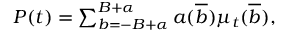
\begin{array} { r } { P ( t ) = \sum _ { b = - B + \alpha } ^ { B + \alpha } a ( \overline { { b } } ) \mu _ { t } ( \overline { { b } } ) , } \end{array}